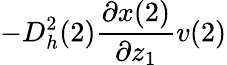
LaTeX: -D_{h}^{2}(2)\frac{\partial x(2)}{\partial z_{1}}v(2)